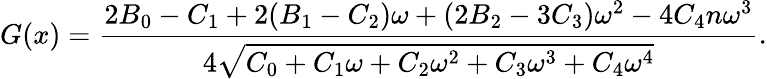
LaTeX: G(x)={\frac{2{B_{0}}-{C_{1}}+2({B_{1}}-{C_{2}}){\omega}+(2{B_{2}}-3{C_{3}}){{\omega}^{2}}-4{C_{4}}n{{\omega}^{3}}}{4{\sqrt{{C_{0}}+{C_{1}}{\omega}+{C_{2}}{{\omega}^{2}}+{C_{3}}{{\omega}^{3}}+{C_{4}}{{\omega}^{4}}}}}}.